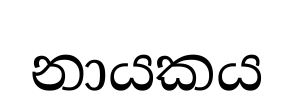
නායකය